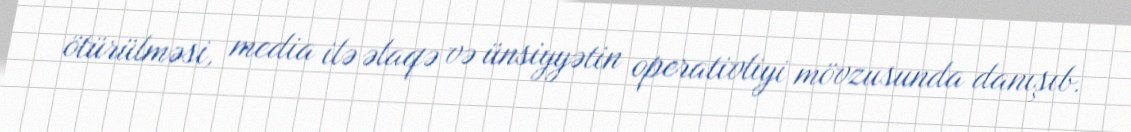
ötürülməsi, media ilə əlaqə və ünsiyyətin operativliyi mövzusunda danışıb.